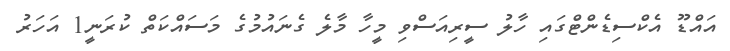
އައްޑޫ އެކްސިޑެންޓްގައި ހާލު ސީރިއަސްވި މީހާ މާލެ ގެނައުމުގެ މަސައްކަތް ކުރަނީ1 އަހަރު